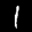
Label: 1